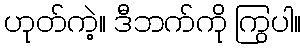
ဟုတ်ကဲ့။ ဒီဘက်ကို ကြွပါ။